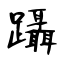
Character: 躡